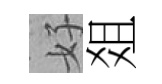
好爼